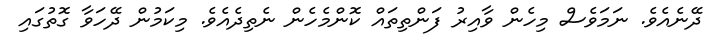
ދޭނެއެވެ. ނަމަވެސް މިހެން ވާއިރު ފަންތިތައް ކޮންމެހެން ނެތިދެއެވެ. މިކަމުން ދޭހަވާ ގޮތުގައި